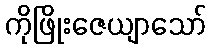
ကိုဖြိုးဇေယျာသော်